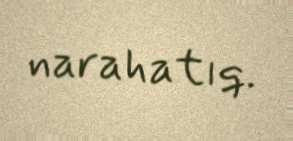
narahatıq.